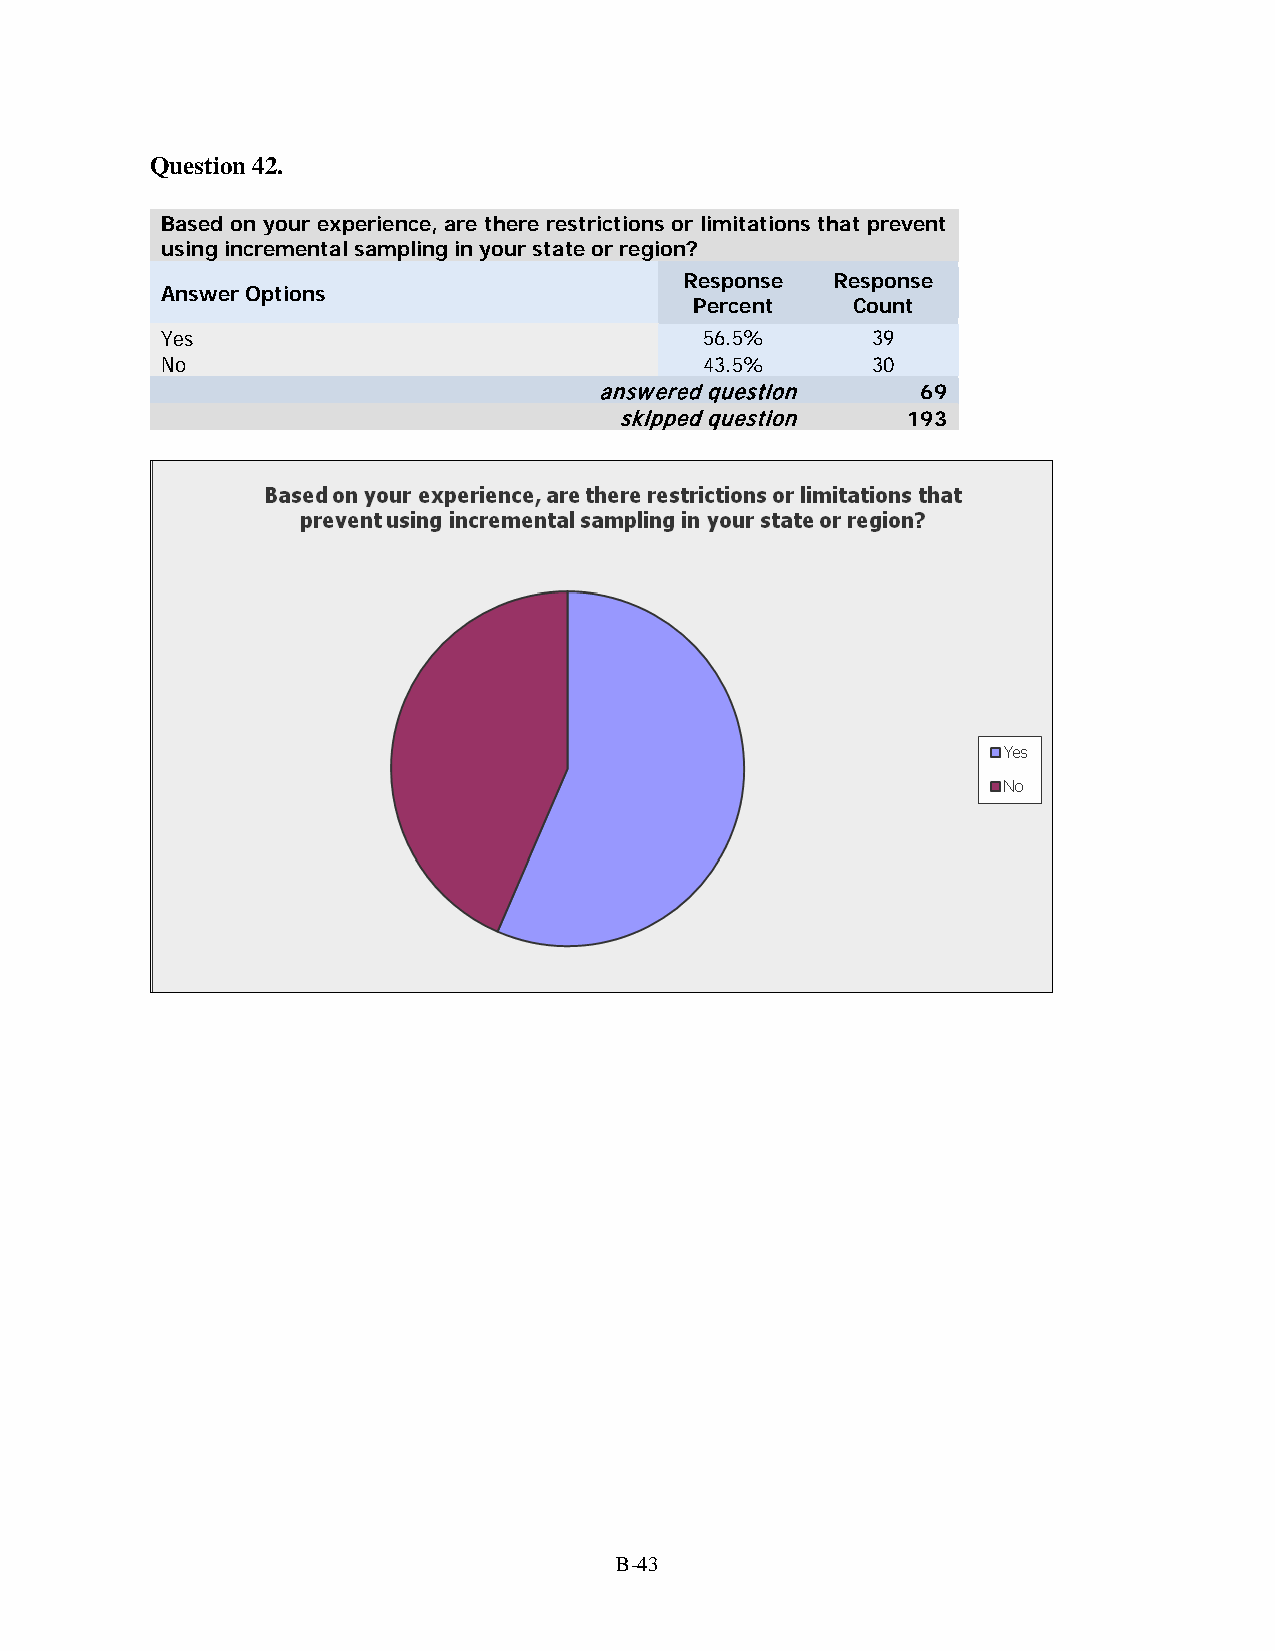
Question 42.
 Based on your experience, are there restrictions or limitations that prevent
 using incremental sampling in your state or region?
 Response  Response
 Answer Options
 Percent   Count
 Yes                                 56.5%      39
 No                                  43.5%      30
 answered question    69
 skipped question   193
 B-43